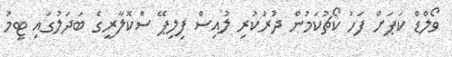
ވޯލްޑް ކަޕަށް ފަހު ކޯޗުކަމުން ދުރުކުރި ލުއިސް ފިލިޕޭ ސްކޮލާރީގެ ބަދަލުގައި ޓީމު